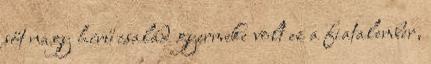
sőt nagy hírű család gyermeke volt ez a fiatalember,